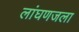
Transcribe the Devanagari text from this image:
लांघणजला